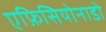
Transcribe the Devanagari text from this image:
एफ़िसियोनाडो